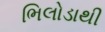
ભિલોડાથી